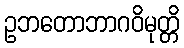
ဥဘတောဘာဂဝိမုတ္တိ